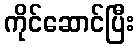
ကိုင်ဆောင်ပြီး